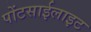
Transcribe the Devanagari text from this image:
पोंटसाईलाइट